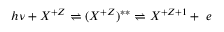
h \nu + X ^ { + Z } \rightleftharpoons ( X ^ { + Z } ) ^ { * * } \rightleftharpoons X ^ { + Z + 1 } + ~ e